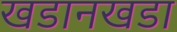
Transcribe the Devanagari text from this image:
खडानखडा